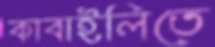
কাবাইলিতে